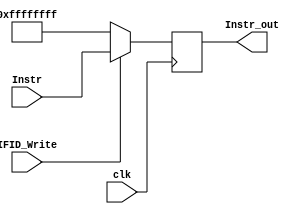
module IFID(clk, IFID_Write, Instr, Instr_out);
	input clk, IFID_Write;
	input [31:0] Instr;
	output reg [31:0] Instr_out = 0;
	always @(posedge clk) begin
		if(IFID_Write) Instr_out = Instr;
		else Instr_out = 32'hFFFF_FFFF;
	end
endmodule